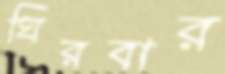
ঘিরবার